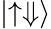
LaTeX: \lvert\uparrow\Downarrow\rangle